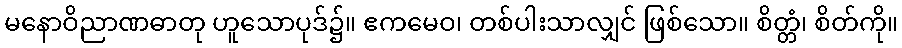
မနောဝိညာဏဓာတု ဟူသောပုဒ်၌။ ဧကမေဝ၊ တစ်ပါးသာလျှင် ဖြစ်သော။ စိတ္တံ၊ စိတ်ကို။